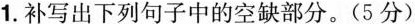
1.补写出下列句子中的空缺部分。(5分)